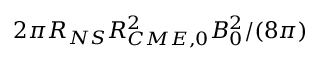
2 \pi R _ { N S } R _ { C M E , 0 } ^ { 2 } { B _ { 0 } ^ { 2 } } / { ( 8 \pi ) }